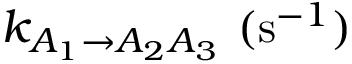
k _ { A _ { 1 } \rightarrow A _ { 2 } A _ { 3 } } ~ ( \mathrm { s } ^ { - 1 } )